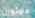
هاوثورن